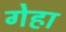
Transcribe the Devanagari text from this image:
गेहा